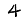
Digit: 4